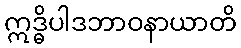
ဣဒ္ဓိပါဒဘာဝနာယာတိ